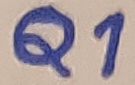
Text: Q1